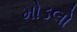
મોડલો